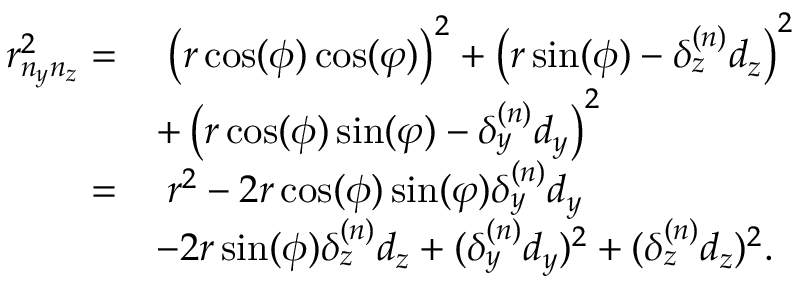
\begin{array} { r l } { r _ { n _ { y } n _ { z } } ^ { 2 } = } & { \; \left( r \cos ( \phi ) \cos ( \varphi ) \right) ^ { 2 } + \left( r \sin ( \phi ) - \delta _ { z } ^ { ( n ) } d _ { z } \right) ^ { 2 } } \\ & { + \left( r \cos ( \phi ) \sin ( \varphi ) - \delta _ { y } ^ { ( n ) } d _ { y } \right) ^ { 2 } } \\ { = } & { \; r ^ { 2 } - 2 r \cos ( \phi ) \sin ( \varphi ) \delta _ { y } ^ { ( n ) } d _ { y } } \\ & { - 2 r \sin ( \phi ) \delta _ { z } ^ { ( n ) } d _ { z } + ( \delta _ { y } ^ { ( n ) } d _ { y } ) ^ { 2 } + ( \delta _ { z } ^ { ( n ) } d _ { z } ) ^ { 2 } . } \end{array}